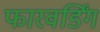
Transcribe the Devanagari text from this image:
फारवर्डिंग